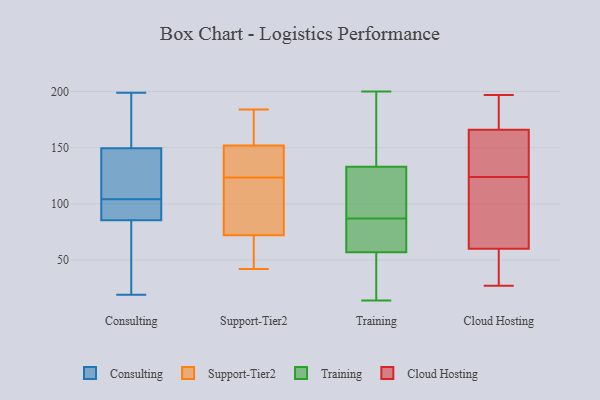
{"axis": {"x": "Budget (USD K)", "y": "Value"}, "legend": ["Cloud Hosting", "Consulting", "Support-Tier2", "Training"], "data": [{"x": "", "y": 30, "type": "Consulting"}, {"x": "", "y": 103, "type": "Consulting"}, {"x": "", "y": 90, "type": "Consulting"}, {"x": "", "y": 151, "type": "Consulting"}, {"x": "", "y": 47, "type": "Consulting"}, {"x": "", "y": 105, "type": "Consulting"}, {"x": "", "y": 171, "type": "Consulting"}, {"x": "", "y": 148, "type": "Consulting"}, {"x": "", "y": 53, "type": "Consulting"}, {"x": "", "y": 82, "type": "Consulting"}, {"x": "", "y": 177, "type": "Consulting"}, {"x": "", "y": 89, "type": "Consulting"}, {"x": "", "y": 94, "type": "Consulting"}, {"x": "", "y": 186, "type": "Consulting"}, {"x": "", "y": 100, "type": "Consulting"}, {"x": "", "y": 19, "type": "Consulting"}, {"x": "", "y": 199, "type": "Consulting"}, {"x": "", "y": 117, "type": "Consulting"}, {"x": "", "y": 148, "type": "Consulting"}, {"x": "", "y": 106, "type": "Consulting"}, {"x": "", "y": 42, "type": "Support-Tier2"}, {"x": "", "y": 130, "type": "Support-Tier2"}, {"x": "", "y": 166, "type": "Support-Tier2"}, {"x": "", "y": 184, "type": "Support-Tier2"}, {"x": "", "y": 60, "type": "Support-Tier2"}, {"x": "", "y": 117, "type": "Support-Tier2"}, {"x": "", "y": 109, "type": "Support-Tier2"}, {"x": "", "y": 138, "type": "Support-Tier2"}, {"x": "", "y": 55, "type": "Support-Tier2"}, {"x": "", "y": 134, "type": "Support-Tier2"}, {"x": "", "y": 182, "type": "Support-Tier2"}, {"x": "", "y": 84, "type": "Support-Tier2"}, {"x": "", "y": 122, "type": "Training"}, {"x": "", "y": 189, "type": "Training"}, {"x": "", "y": 89, "type": "Training"}, {"x": "", "y": 109, "type": "Training"}, {"x": "", "y": 14, "type": "Training"}, {"x": "", "y": 15, "type": "Training"}, {"x": "", "y": 85, "type": "Training"}, {"x": "", "y": 146, "type": "Training"}, {"x": "", "y": 62, "type": "Training"}, {"x": "", "y": 85, "type": "Training"}, {"x": "", "y": 83, "type": "Training"}, {"x": "", "y": 20, "type": "Training"}, {"x": "", "y": 200, "type": "Training"}, {"x": "", "y": 156, "type": "Training"}, {"x": "", "y": 26, "type": "Training"}, {"x": "", "y": 130, "type": "Training"}, {"x": "", "y": 52, "type": "Training"}, {"x": "", "y": 66, "type": "Training"}, {"x": "", "y": 129, "type": "Training"}, {"x": "", "y": 136, "type": "Training"}, {"x": "", "y": 166, "type": "Cloud Hosting"}, {"x": "", "y": 59, "type": "Cloud Hosting"}, {"x": "", "y": 159, "type": "Cloud Hosting"}, {"x": "", "y": 27, "type": "Cloud Hosting"}, {"x": "", "y": 113, "type": "Cloud Hosting"}, {"x": "", "y": 99, "type": "Cloud Hosting"}, {"x": "", "y": 171, "type": "Cloud Hosting"}, {"x": "", "y": 135, "type": "Cloud Hosting"}, {"x": "", "y": 60, "type": "Cloud Hosting"}, {"x": "", "y": 197, "type": "Cloud Hosting"}]}